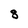
Character: 8